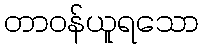
တာဝန်ယူရသော